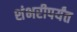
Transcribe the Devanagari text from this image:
शंभरीपर्यंत